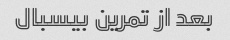
بعد از تمرین بیسبال